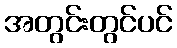
အတွင်းတွင်ပင်